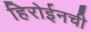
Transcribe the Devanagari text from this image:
हिरोईनची